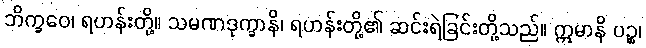
ဘိက္ခဝေ၊ ရဟန်းတို့။ သမဏဒုက္ခာနိ၊ ရဟန်းတို့၏ ဆင်းရဲခြင်းတို့သည်။ ဣမာနိ ပဉ္စ၊